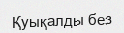
Қуықалды без